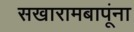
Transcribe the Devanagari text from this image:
सखारामबापूंना